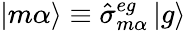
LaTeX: \mathinner{|{m\alpha}\rangle}\equiv\hat{\sigma}_{m\alpha}^{eg}\mathinner{|{g}\rangle}